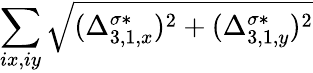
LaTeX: \sum_{ix,iy}\sqrt{(\Delta_{3,1,x}^{\sigma*})^{2}+(\Delta_{3,1,y}^{\sigma*})^{2}}